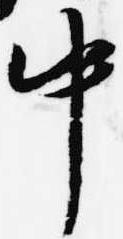
中